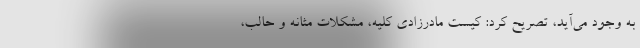
به وجود می‌آید، تصریح کرد: کیست مادرزادی کلیه، مشکلات مثانه و حالب،